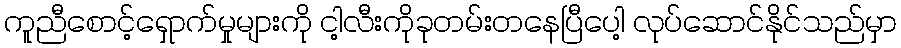
ကူညီစောင့်ရှောက်မှုများကို ငါ့လီးကိုခုတမ်းတနေပြီပေါ့ လုပ်ဆောင်နိုင်သည်မှာ